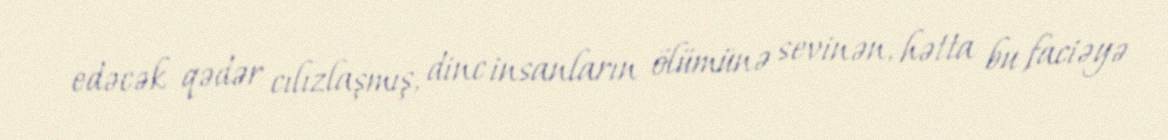
edəcək qədər cılızlaşmış, dinc insanların ölümünə sevinən, hətta bu faciəyə